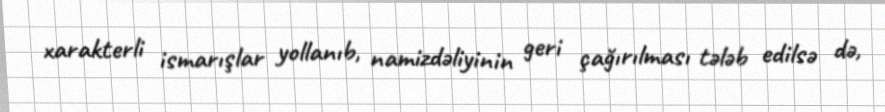
xarakterli ismarışlar yollanıb, namizdəliyinin geri çağırılması tələb edilsə də,